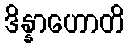
ဒိန္နာဟောတိ